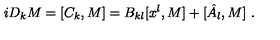
i D _ { k } M = [ C _ { k } , M ] = B _ { k l } [ x ^ { l } , M ] + [ \hat { A } _ { l } , M ] \ .